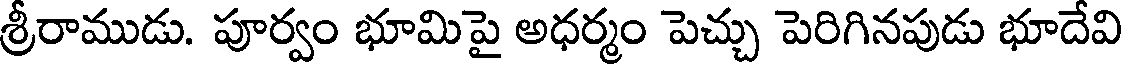
శ్రీరాముడు. పూర్వం భూమిపై అధర్మం పెచ్చు పెరిగినపుడు భూదేవి